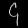
Digit: ၄